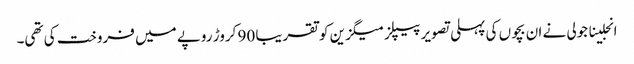
انجلینا جولی نے ان بچوں کی پہلی تصویر پیپلز میگزین کو تقریبا 90 کروڑ روپے میں فروخت کی تھی۔